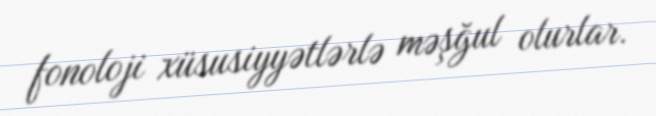
fonoloji xüsusiyyətlərlə məşğul olurlar.